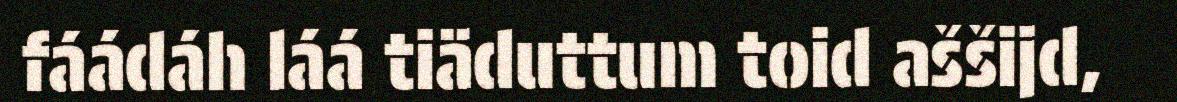
fáádáh láá tiäduttum toid aššijd,